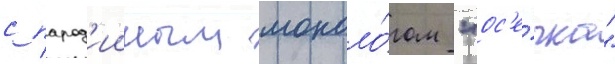
с парод'ииным моноло́гом "ос'е́чка"